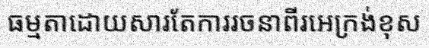
ធម្មតាដោយសារតែការរចនាពីរអេក្រង់ខុស